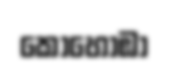
කොහොඹා